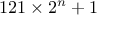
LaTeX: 1 2 1 \times 2 ^ { n } + 1